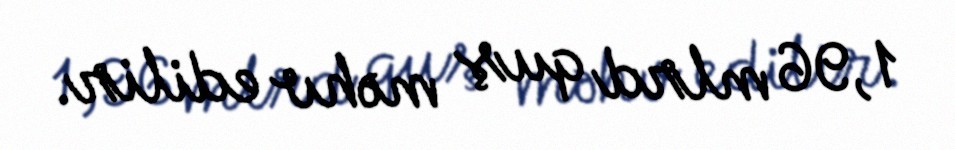
1,96 mlrd quş məhv edilir.